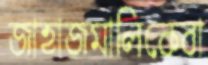
জাহাজমালিকেরা